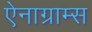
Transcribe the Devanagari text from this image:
ऐनाग्राम्स